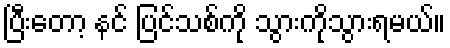
ပြီးတော့ နင် ပြင်သစ်ကို သွားကိုသွားရမယ်။